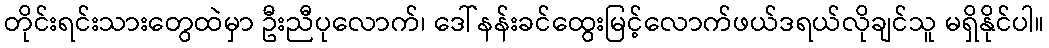
တိုင်းရင်းသားတွေထဲမှာ ဦးညီပုလောက်၊ ဒေါ်နန်းခင်ထွေးမြင့်လောက်ဖယ်ဒရယ်လိုချင်သူ မရှိနိုင်ပါ။